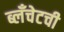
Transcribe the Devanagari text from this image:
ब्लँचेटची